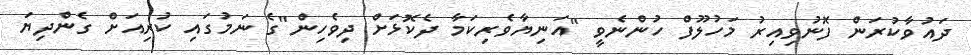
ދައުވާކުރަން ފޮނުވިއިރު މަހުލޫފް ހުންނެވީ "އަނިޔާވެރިކަމާ ދެކޮޅަށް ދިވެހިން"ގެ ނަމުގައި ކުރިއަށް ގެންދިޔަ